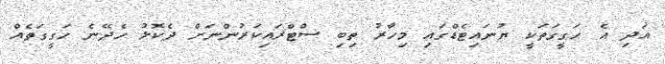
އަދި އެ ހަގީގަތަކީ ޔުނައިޓެޑްގައި މިހާރު ތިބި ސްޓްރައިކަރުންނަށް ދެކޮޅު ހެދޭނެ ހަގީގަތެއް